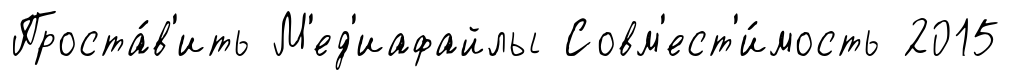
Проста́в'ить М'ед'иафайлы Совм'ест'и́мость 2015